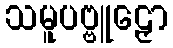
သမူပဗ္ဗူဠှော